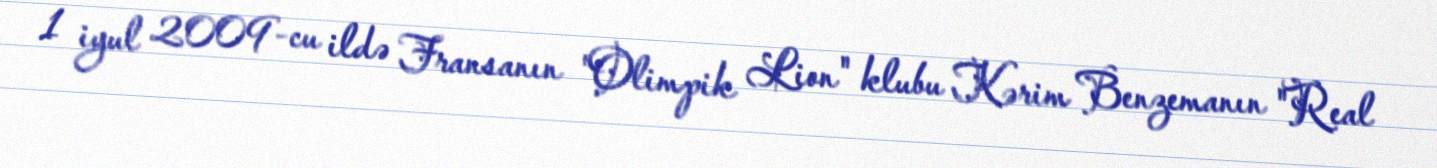
1 iyul 2009-cu ildə Fransanın "Olimpik Lion" klubu Kərim Benzemanın "Real